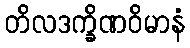
တိလဒက္ခိဏဝိမာနံ